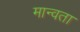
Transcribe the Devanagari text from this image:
मान्वता